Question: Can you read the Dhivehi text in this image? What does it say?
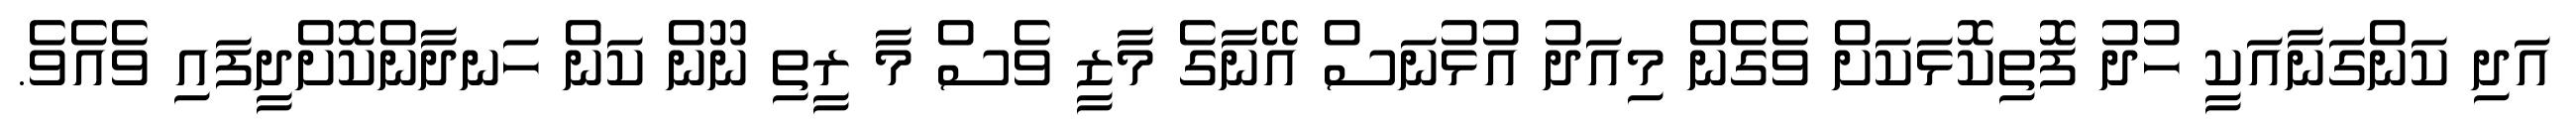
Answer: އަދި ކަންގަނާއަކީ ހުދު ފޮތިކޮޅަކަށް ވެގެން މިއަދު އުޅުނަސް އޭނާގެ މާޒީ ވެސް މާ ރީތި ނޫން ކަން ހަނދާންކޮށްދީފައި ވެއެވެ.